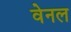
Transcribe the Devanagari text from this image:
वेनल